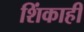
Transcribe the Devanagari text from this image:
शिंकाही